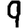
Digit: 9